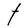
Character: t